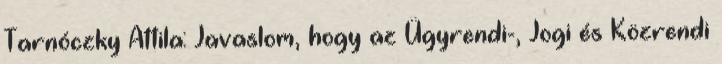
Tarnóczky Attila: Javaslom, hogy az Ügyrendi-, Jogi és Közrendi